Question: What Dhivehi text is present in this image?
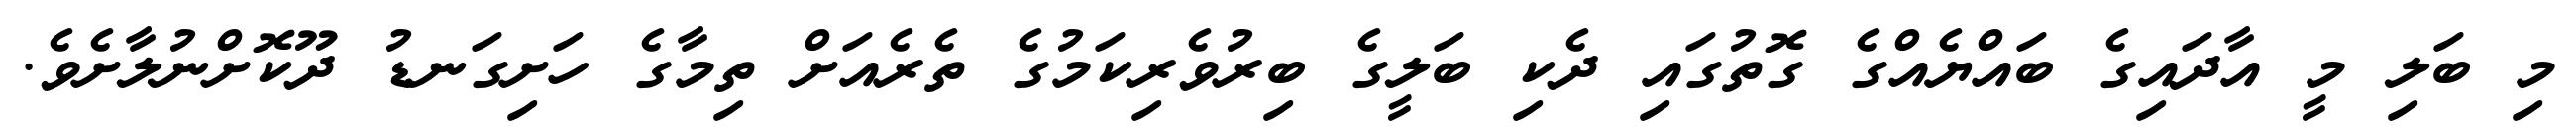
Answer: މި ބަލި މީ އާދައިގެ ބައްޔެއްގެ ގޮތުގައި ދެކި ބަލީގެ ބިރުވެރިކަމުގެ ތެރެއަށް ތިމާގެ ހަށިގަނޑު ދޫކޮށްނުލާށެވެ.